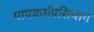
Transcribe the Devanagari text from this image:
पापकर्मपरित्याग